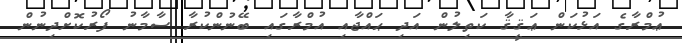
ޢުމްރާގެ އަޅުކަން ޢަޤީޤާ ކަތިލުން އަދި ޙައްޖާއި އުމްރާގައި ބޭނުންކުރާ ސާމާނު ފޯރުކޮށްދިނުން